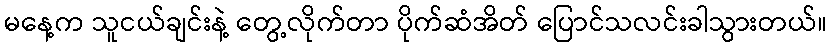
မနေ့က သူငယ်ချင်းနဲ့ တွေ့လိုက်တာ ပိုက်ဆံအိတ် ပြောင်သလင်းခါသွားတယ်။